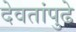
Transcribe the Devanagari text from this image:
देवतांपुढे